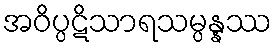
အဝိပ္ပဋိသာရသမ္ပန္နဿ